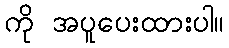
ကို အပူပေးထားပါ။